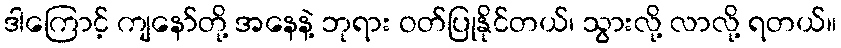
ဒါကြောင့် ကျနော်တို့ အနေနဲ့ ဘုရား ဝတ်ပြုနိုင်တယ်၊ သွားလို့ လာလို့ ရတယ်။